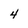
Character: 4